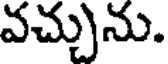
వచ్చును.